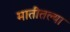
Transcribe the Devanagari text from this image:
मातीतल्या